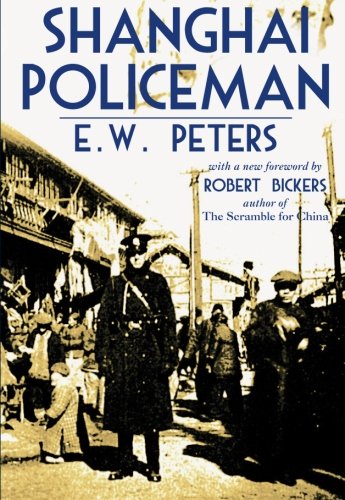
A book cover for Shanghai Policeman; E. W. Peters; Biographies & Memoirs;